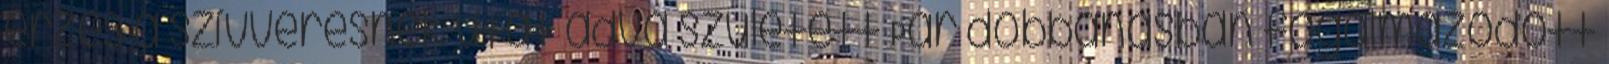
érzés a szívverésnek utat adva született Pár dobbanásban fogalmazódott